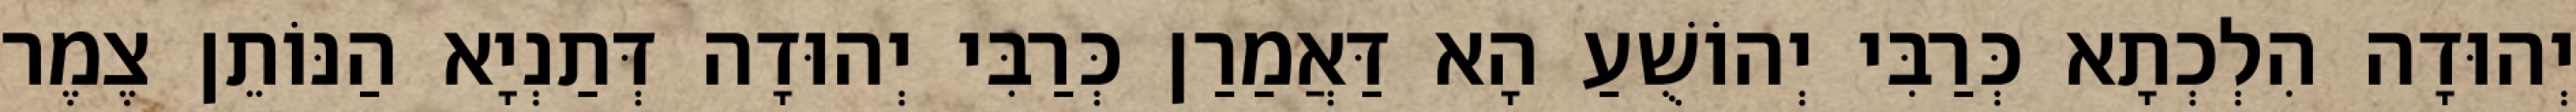
יְהוּדָה הִלְכְתָא כְּרַבִּי יְהוֹשֻׁעַ הָא דַּאֲמַרַן כְּרַבִּי יְהוּדָה דְּתַנְיָא הַנּוֹתֵן צֶמֶר